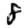
Digit: 8